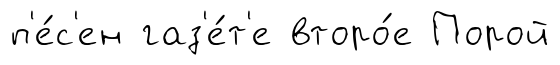
п'е́с'ен газ'е́т'е второ́е Порой